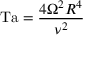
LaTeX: \mathrm { T a } = { \frac { 4 \Omega ^ { 2 } R ^ { 4 } } { \nu ^ { 2 } } }